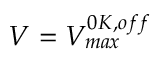
V = V _ { m a x } ^ { 0 K , o f f }